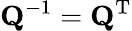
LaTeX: \mathbf{Q}^{-1}=\mathbf{Q}^{\mathrm{T}}